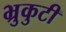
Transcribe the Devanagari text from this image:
भ्रुकुटी